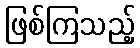
ဖြစ်ကြသည့်